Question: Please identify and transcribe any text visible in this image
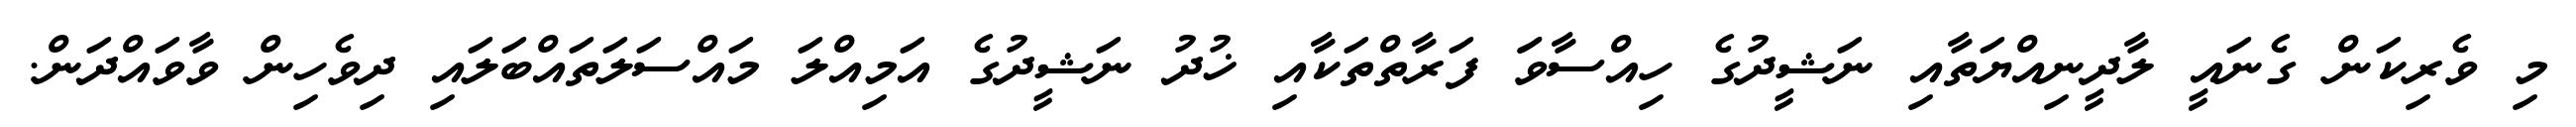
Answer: މި ވެރިކަން ގެނައީ ލާދީނިއްޔަތާއި ނަޝީދުގެ ހިއްސާވަަ ފަރާތްތަކާއި ޚުދު ނަޝީދުގެ އަމިއްލަ މައްސަލަތައްބަލައި ދިވެހިން ވާވައްދަން.